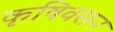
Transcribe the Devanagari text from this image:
कृषिवसन